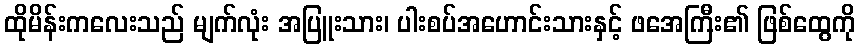
ထိုမိန်းကလေးသည် မျက်လုံး အပြူးသား၊ ပါးစပ်အဟောင်းသားနှင့် ဖအေကြီး၏ ဖြစ်ထွေကို